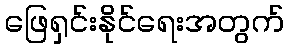
ဖြေရှင်းနိုင်ရေးအတွက်